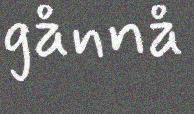
gånnå